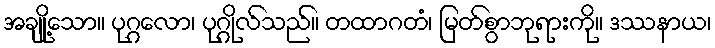
အချို့သော။ ပုဂ္ဂလော၊ ပုဂ္ဂိုလ်သည်။ တထာဂတံ၊ မြတ်စွာဘုရားကို။ ဒဿနာယ၊